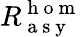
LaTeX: R_{\mathrm{~a~s~y~}}^{\mathrm{~h~o~m~}}